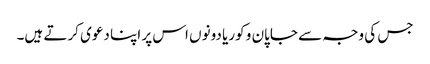
جس کی وجہ سے جاپان و کوریا دونوں اس پر اپنا دعوی کرتے ہیں۔